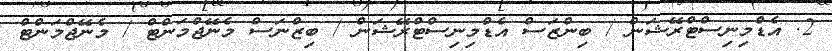
2. އެޑްމިނިސްޓްރޭޝަން / ބިންޒަސް އެޑްމިނިސްޓްރޭޝަން / ބިޒްނަސް މެނޭޖްމަންޓް / މެނޭޖްމަންޓް